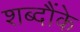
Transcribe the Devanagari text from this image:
शब्दौंके